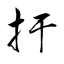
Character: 扜